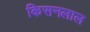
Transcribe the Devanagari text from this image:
किसनलाल